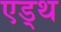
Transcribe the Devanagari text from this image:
एड्थ